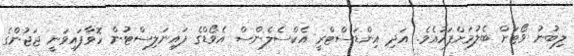
ލިބުނު ވޯޓަށް ބެލުމަށްފަހުއެވެ. އަދި އިންޑަސްޓްރީ އެކްސެލެންސް އެވޯޑްގެ ފައިނަލިސްޓުން ހޮވާފައިވަނީ ޖަޖުންގެ